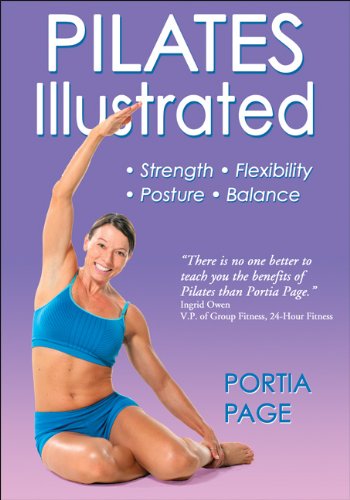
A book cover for Pilates Illustrated; Portia Page; Health, Fitness & Dieting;